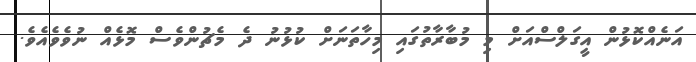
އަނެއްކޮޅުން އީގަލްސްއަށް މި މުބާރާތުގައި މިހާތަނަށް ކުޅުނު ދެ މެޗުންވެސް މޮޅެއް ނުވެވެއެވެ.